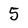
Character: 5